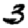
Digit: 3